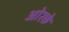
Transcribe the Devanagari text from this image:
ओरछे